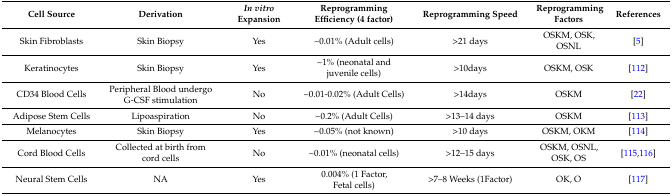
| Cell Source | Derivation | In vitro Expansion | Reprogramming Efficiency (4 factor) | Reprogramming Speed | Reprogramming Factors | References |
 | --- | --- | --- | --- | --- | --- | --- |
 | Skin Fibroblasts | Skin Biopsy | Yes | ~0.01% (Adult cells) | >21 days | OSKM, OSK, OSNL | [5] |
 | Keratinocytes | Skin Biopsy | Yes | ~1% (neonatal and juvenile cells) | >10days | OSKM, OSK | [112] |
 | CD34 Blood Cells | Peripheral Blood undergo G-CSF stimulation | No | ~0.01-0.02% (Adult Cells) | >14days | OSKM | [22] |
 | Adipose Stem Cells | Lipoaspiration | No | ~0.2% (Adult Cells) | >13–14 days | OSKM | [113] |
 | Melanocytes | Skin Biopsy | Yes | ~0.05% (not known) | >10 days | OSKM, OKM | [114] |
 | Cord Blood Cells | Collected at birth from cord cells | No | ~0.01% (neonatal cells) | >12–15 days | OSKM, OSNL, OSK, OS | [115,116] |
 | Neural Stem Cells | NA | Yes | 0.004% (1 Factor, Fetal cells) | >7–8 Weeks (1Factor) | OK, O | [117] |